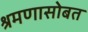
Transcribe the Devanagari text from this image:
श्रमणासोबत